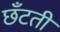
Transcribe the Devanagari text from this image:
छँटती